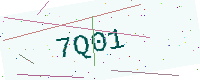
Text: 7Q01